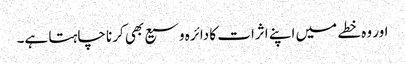
اور وہ خطے میں اپنے اثرات کا دائرہ وسیع بھی کرنا چاہتا ہے۔